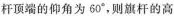
杆顶端的仰角为60°，则旗杆的高